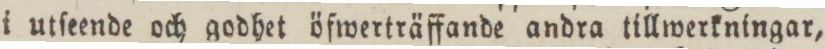
i utſeende och godhet öfwerträffande andra tillwerkningar,